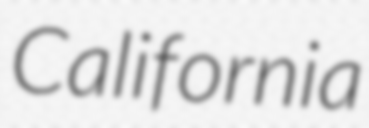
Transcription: California